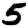
Digit: 5